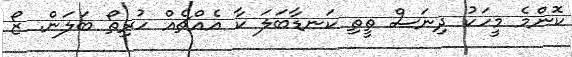
ކޮންމެ މީހަކު ދިނަސް ތީތި ކަނޑާބަލަ ކާ އެއްޗެއް ހުރިތޯ ބަލަން. ޒޯ